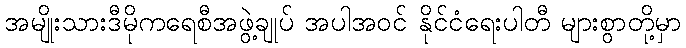
အမျိုးသားဒီမိုကရေစီအဖွဲ့ချုပ် အပါအဝင် နိုင်ငံရေးပါတီ များစွာတို့မှာ